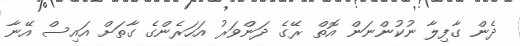
ދެން ގާފިލާ ނުކުންނަން އޮތް ރޭގެ ދަންވަރު އަހަރެންގެ ގާތަށް އައިސް އޭނާ